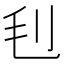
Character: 𣬟